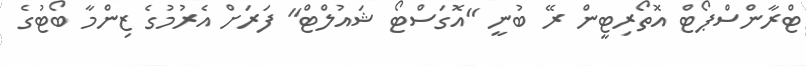
ޓްރާންސްޕޯޓް އޮތޯރިޓީން ރޭ ބުނީ "އޮގަސްޓޯ ޝައުލްޓް" ފަރަށް އެރުމުގެ ޒިންމާ ބޯޓުގެ